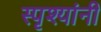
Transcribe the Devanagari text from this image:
स्पृश्यांनी